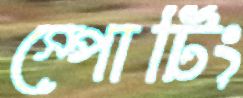
স্পোর্টিং